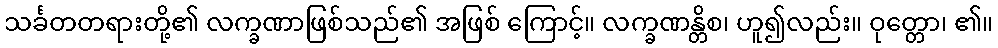
သင်္ခတတရားတို့၏ လက္ခဏာဖြစ်သည်၏ အဖြစ် ကြောင့်။ လက္ခဏန္တိစ၊ ဟူ၍လည်း။ ဝုတ္တော၊ ၏။